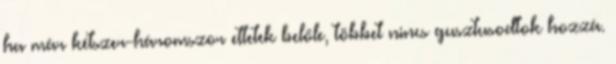
ha már kétszer-háromszor ettetek belőle, többet nincs gusztusodtok hozzá.